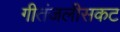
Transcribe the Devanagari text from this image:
गीतंजलीसकट